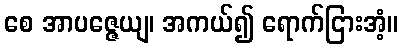
စေ အာပဇ္ဇေယျ၊ အကယ်၍ ရောက်ငြားအံ့။